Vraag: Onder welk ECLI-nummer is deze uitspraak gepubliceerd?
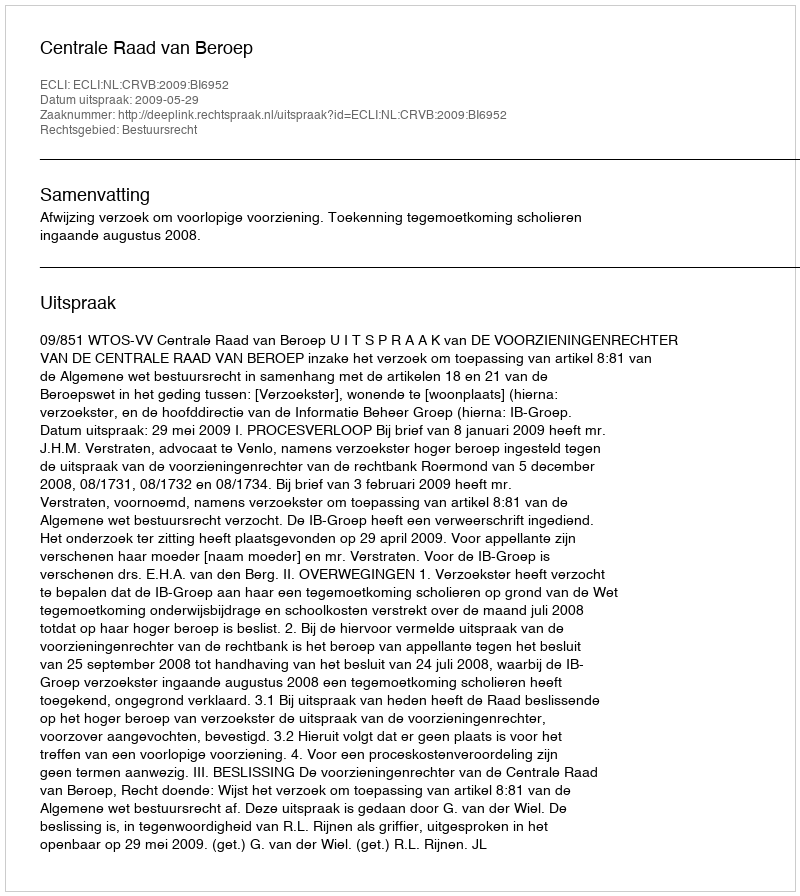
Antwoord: ECLI:NL:CRVB:2009:BI6952